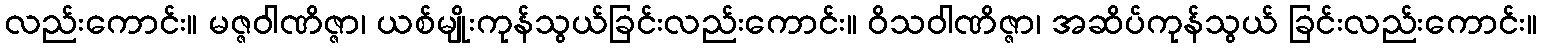
လည်းကောင်း။ မဇ္ဇဝါဏိဇ္ဇာ၊ ယစ်မျိုးကုန်သွယ်ခြင်းလည်းကောင်း။ ဝိသဝါဏိဇ္ဇာ၊ အဆိပ်ကုန်သွယ် ခြင်းလည်းကောင်း။